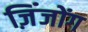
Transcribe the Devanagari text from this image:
ज़िंजोंग